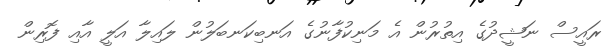
ރައީސް ނަޝީދުގެ އިތުރުން އެ މަނިކުފާނުގެ އަނބިކަނބަލުން ލައިލާ އަލީ އާއި ފޮރިން